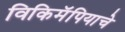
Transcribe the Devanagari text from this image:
विकिमॅपियाचे